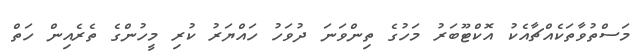
މަސްތުވާތަކެއްޗާއެކު އޮކްޓޫބަރު މަހުގެ ތިންވަނަ ދުވަހު ހައްޔަރު ކުރި މީހުންގެ ތެރެެއިން ހަތް